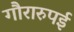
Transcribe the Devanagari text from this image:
गौरारुपई